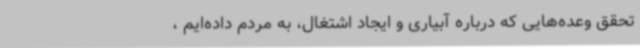
تحقق وعده‌هایی که درباره آبیاری و ایجاد اشتغال، به مردم داده‌ایم ،